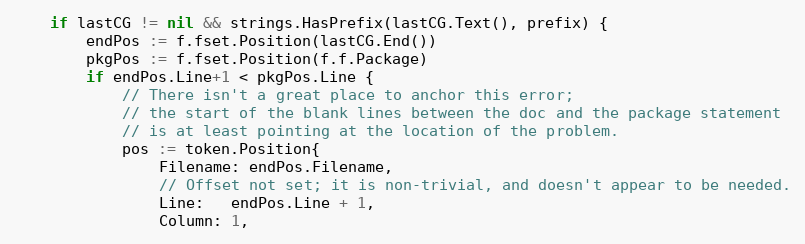
Language: Go
	if lastCG != nil && strings.HasPrefix(lastCG.Text(), prefix) {
		endPos := f.fset.Position(lastCG.End())
		pkgPos := f.fset.Position(f.f.Package)
		if endPos.Line+1 < pkgPos.Line {
			// There isn't a great place to anchor this error;
			// the start of the blank lines between the doc and the package statement
			// is at least pointing at the location of the problem.
			pos := token.Position{
				Filename: endPos.Filename,
				// Offset not set; it is non-trivial, and doesn't appear to be needed.
				Line:   endPos.Line + 1,
				Column: 1,